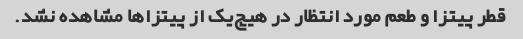
قطر پیتزا و طعم مورد انتظار در هیچ‌یک از پیتزاها مشاهده نشد.